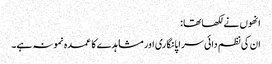
انھوں نے لکھا تھا :
ان کی نظم دائی سراپا نگاری اور مشاہدے کا عمدہ نمونہ ہے۔